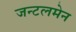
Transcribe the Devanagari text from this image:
जन्टलमेन